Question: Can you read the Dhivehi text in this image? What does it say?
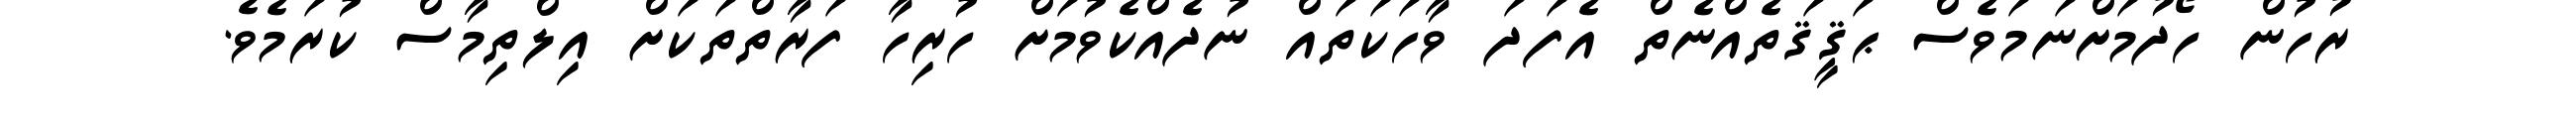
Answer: ރުހުން ހޯދުމަށްނަމަވެސް ޙަޤީޤަތެއްނެތް އެފަދަ ވާހަކަތައް ނުދެއްކެވުމަށް ހުރިހާ ފަރާތްތަކަށް އިލްތިމާސް ކުރަމެވެ.